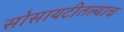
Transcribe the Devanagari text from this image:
सोसायटीतल्याच